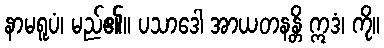
နာမရူပံ၊ မည်၏။ ပသာဒေါ အာယတနန္တိ ဣဒံ၊ ကို။